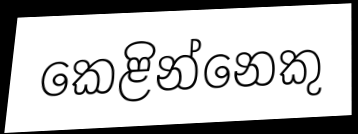
කෙළින්නෙකු